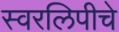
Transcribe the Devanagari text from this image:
स्वरलिपीचे